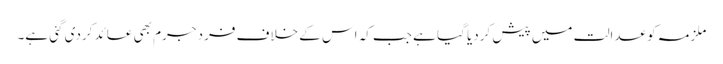
ملزمہ کو عدالت میں پیش کردیا گیا ہے جب کہ اس کے خلاف فرد جرم بھی عائد کردی گئی ہے۔